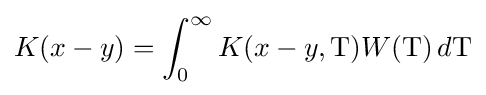
K(x-y)=\int _{0}^{\infty }K(x-y,\mathrm {T} )W(\mathrm {T} )\,d\mathrm {T}